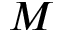
M